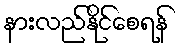
နားလည်နိုင်စေရန်